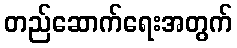
တည်ဆောက်ရေးအတွက်